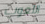
اللعوب